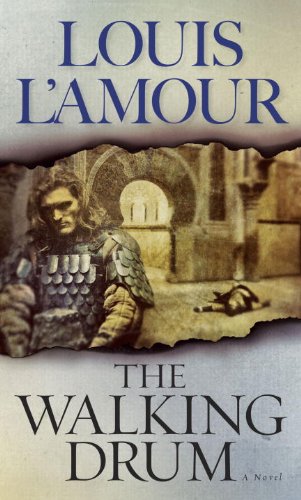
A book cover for WALKING DRUM, THE: A Novel; Louis L'Amour; Literature & Fiction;